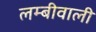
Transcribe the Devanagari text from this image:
लम्बीवाली